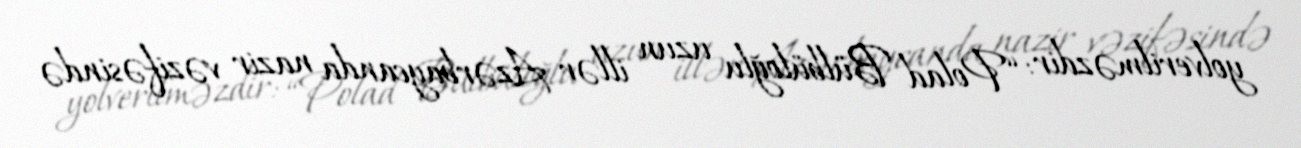
yolverilməzdir: “Polad Bülbüloğlu uzun illər Azərbaycanda nazir vəzifəsində